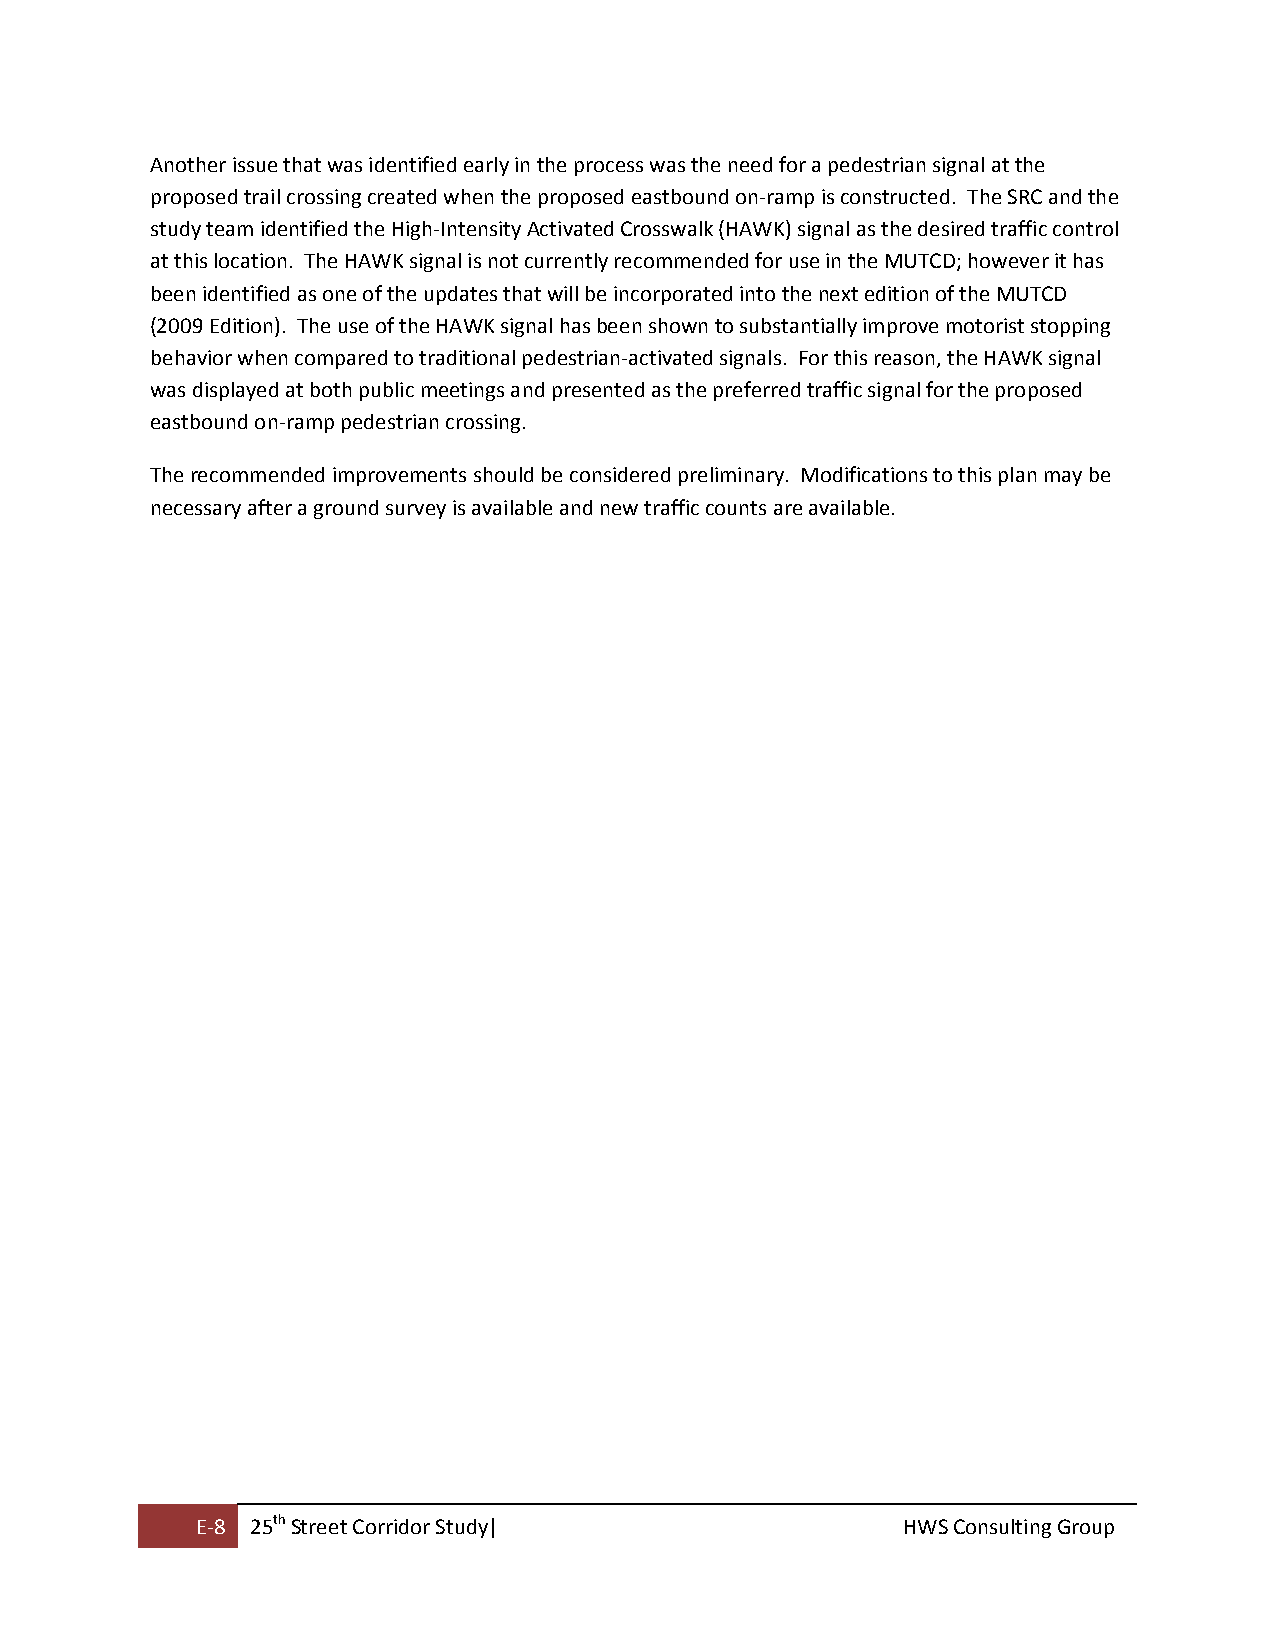
Another issue that was identified early in the process was the need for a pedestrian signal at the
 proposed trail crossing created when the proposed eastbound on‐ramp is constructed. The SRC and the
 study team identified the High‐Intensity Activated Crosswalk (HAWK) signal as the desired traffic control
 at this location. The HAWK signal is not currently recommended for use in the MUTCD; however it has
 been identified as one of the updates that will be incorporated into the next edition of the MUTCD
 (2009 Edition). The use of the HAWK signal has been shown to substantially improve motorist stopping
 behavior when compared to traditional pedestrian‐activated signals. For this reason, the HAWK signal
 was displayed at both public meetings and presented as the preferred traffic signal for the proposed
 eastbound on‐ramp pedestrian crossing.
 The recommended improvements should be considered preliminary. Modifications to this plan may be
 necessary after a ground survey is available and new traffic counts are available.
 E‐8 25th Street Corridor Study|                HWS Consulting Group